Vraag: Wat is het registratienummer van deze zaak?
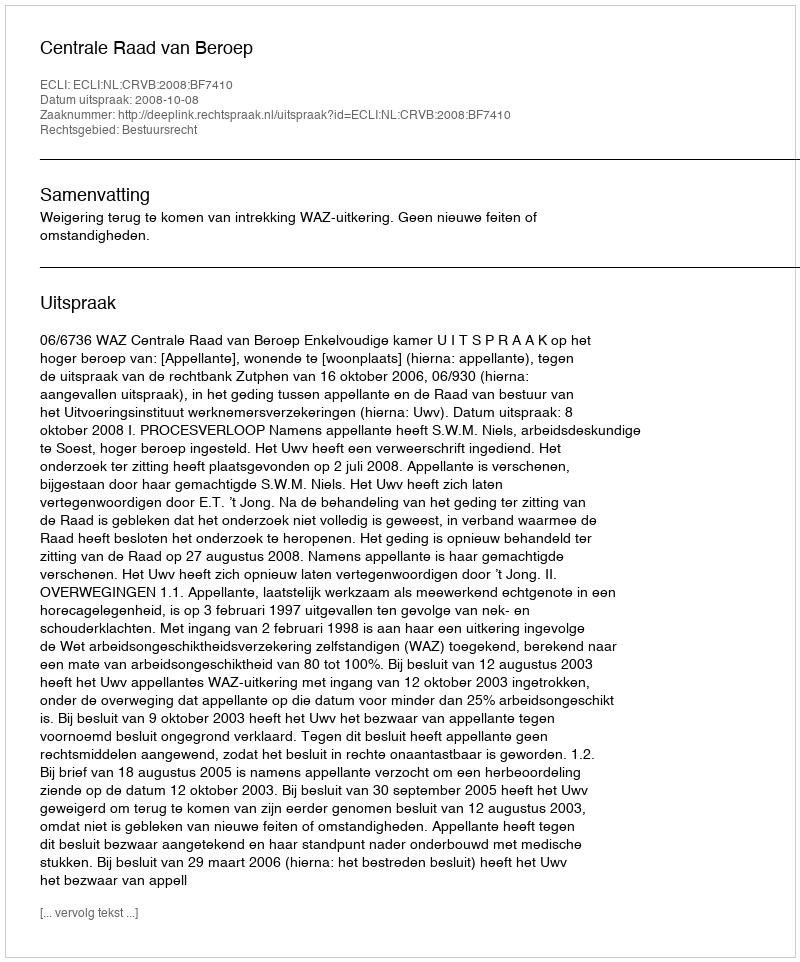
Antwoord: http://deeplink.rechtspraak.nl/uitspraak?id=ECLI:NL:CRVB:2008:BF7410